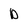
Character: D